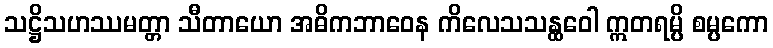
သဋ္ဌိသဟဿမတ္တာ သီတာယော အဓိကဘာဝေန ကိလေသသန္ထဝေါ ဣတရမ္ပိ စမ္ပကော